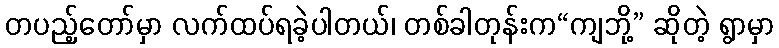
တပည့်တော်မှာ လက်ထပ်ရခဲ့ပါတယ်၊ တစ်ခါတုန်းက“ကျဘို့” ဆိုတဲ့ ရွာမှာ